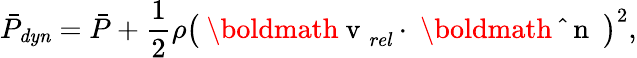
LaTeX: \bar{P}_{\mathit{dyn}}=\bar{P}+\frac{1}{2}\rho\left(\mathrm{~\boldmath~v~}_{\mathit{rel}}\cdot\mathrm{~\boldmath~\hat{~}{~n~}~}\right)^{2},